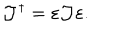
\mathcal { J } ^ { \dagger } = \varepsilon \mathcal { J } \varepsilon .